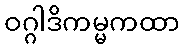
ဝဂ္ဂါဒိကမ္မကထာ